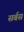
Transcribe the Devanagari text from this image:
सर्बस